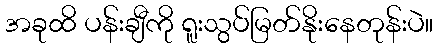
အခုထိ ပန်းချီကို ရူးသွပ်မြတ်နိုးနေတုန်းပဲ။